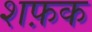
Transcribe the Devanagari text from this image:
शफ़क